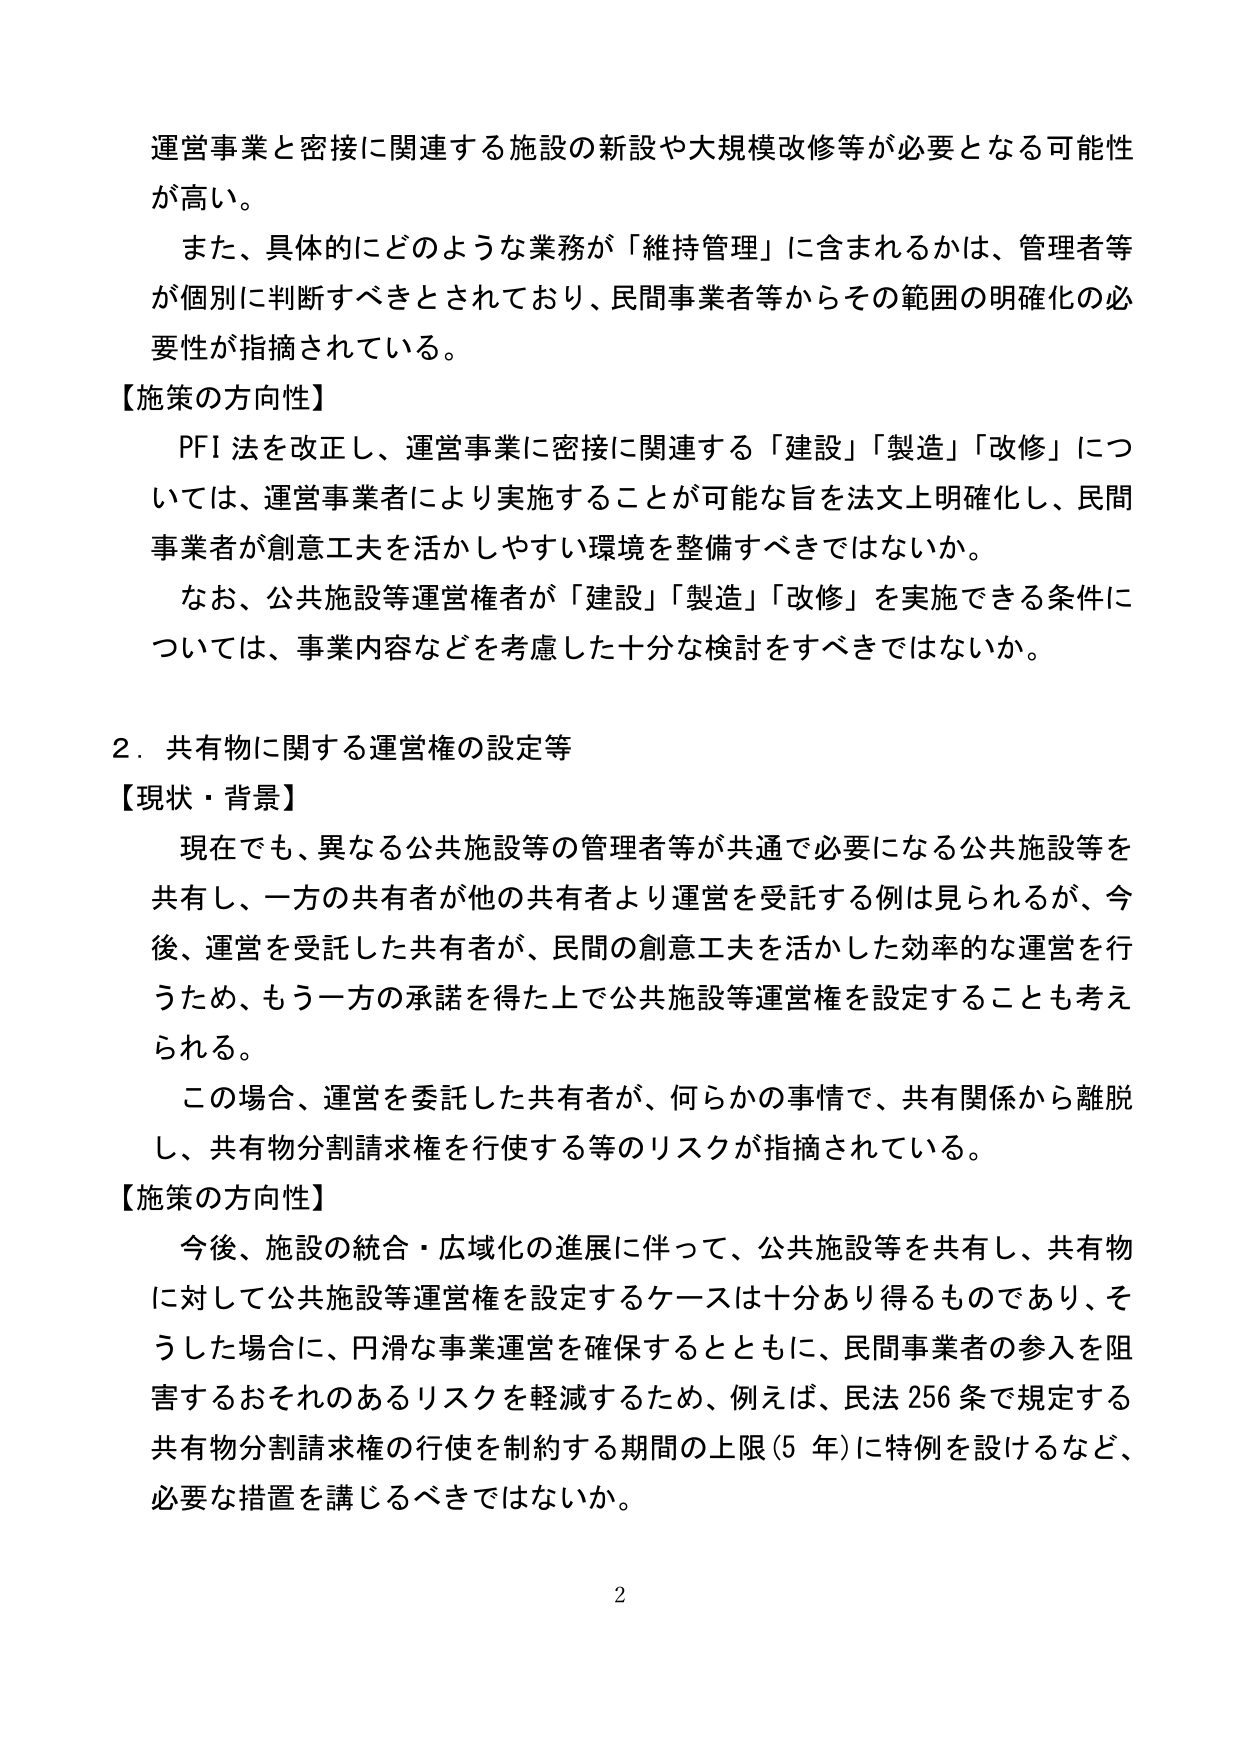
運営事業と密接に関連する施設の新設や大規模改修等が必要となる可能性が高い。

また、具体的にどのような業務が「維持管理」に含まれるかは、管理者等が個別に判断すべきとされており、民間事業者等からその範囲の明確化の必要性が指摘されている。

【施策の方向性】

PFI 法を改正し、運営事業に密接に関連する「建設」「製造」「改修」については、運営事業者により実施することが可能な旨を法文上明確化し、民間事業者が創意工夫を活かしやすい環境を整備すべきではないか。

なお、公共施設等運営権者が「建設」「製造」「改修」を実施できる条件については、事業内容などを考慮した十分な検討をすべきではないか。

2．共有物に関する運営権の設定等

【現状・背景】

現在でも、異なる公共施設等の管理者等が共通で必要になる公共施設等を共有し、一方の共有者が他の共有者より運営を受託する例は見られるが、今後、運営を受託した共有者が、民間の創意工夫を活かした効率的な運営を行うため、もう一方の承諾を得た上で公共施設等運営権を設定することも考えられる。

この場合、運営を委託した共有者が、何らかの事情で、共有関係から離脱し、共有物分割請求権を行使する等のリスクが指摘されている。

【施策の方向性】

今後、施設の統合・広域化の進展に伴って、公共施設等を共有し、共有物に対して公共施設等運営権を設定するケースは十分あり得るものであり、そうした場合に、円滑な事業運営を確保するとともに、民間事業者の参入を阻害するおそれのあるリスクを軽減するため、例えば、民法256条で規定する共有物分割請求権の行使を制約する期間の上限（5年）に特例を設けるなど、必要な措置を講じるべきではないか。

2